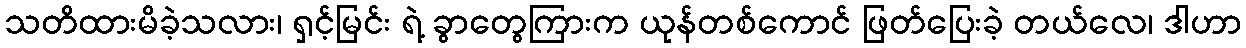
သတိထားမိခဲ့သလား၊ ရှင့်မြင်း ရဲ့ ခွာတွေကြားက ယုန်တစ်ကောင် ဖြတ်ပြေးခဲ့ တယ်လေ၊ ဒါဟာ